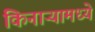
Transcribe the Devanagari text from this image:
किनाऱ्यामध्ये